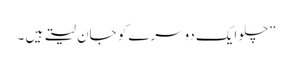
”چلو ایک دوسرے کو جان لیتے ہیں ۔